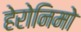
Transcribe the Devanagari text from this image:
हेरोनिमो